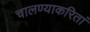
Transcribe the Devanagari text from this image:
चालण्याकरितां